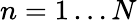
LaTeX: n=1\ldots N